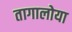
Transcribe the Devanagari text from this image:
तागालोया